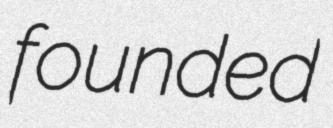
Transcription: founded